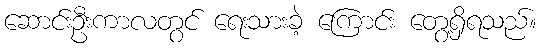
ဆောင်းဦးကာလတွင် ရေးသားခဲ့ ကြောင်း တွေ့ရှိရသည်။